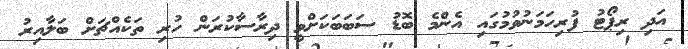
އަދި ރިޕޯޓު ފުރިހަމަނުވުމުގައި އެންމެ ބޮޑު ސަބަބަކަށްވީ ދިރާސާކުރަން ހުރި ތަކެއްޗަށް ބަލާއިރު